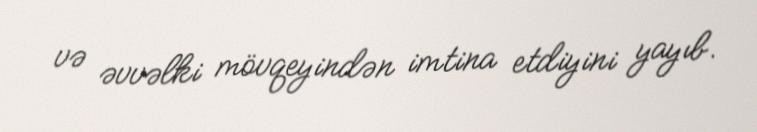
və əvvəlki mövqeyindən imtina etdiyini yayıb.